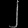
Digit: ၂